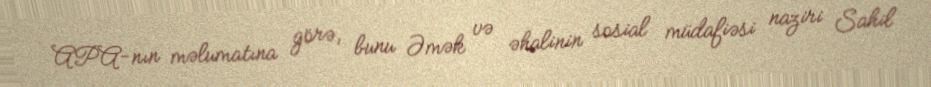
APA-nın məlumatına görə, bunu Əmək və əhalinin sosial müdafiəsi naziri Sahil